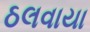
ઠલવાયા